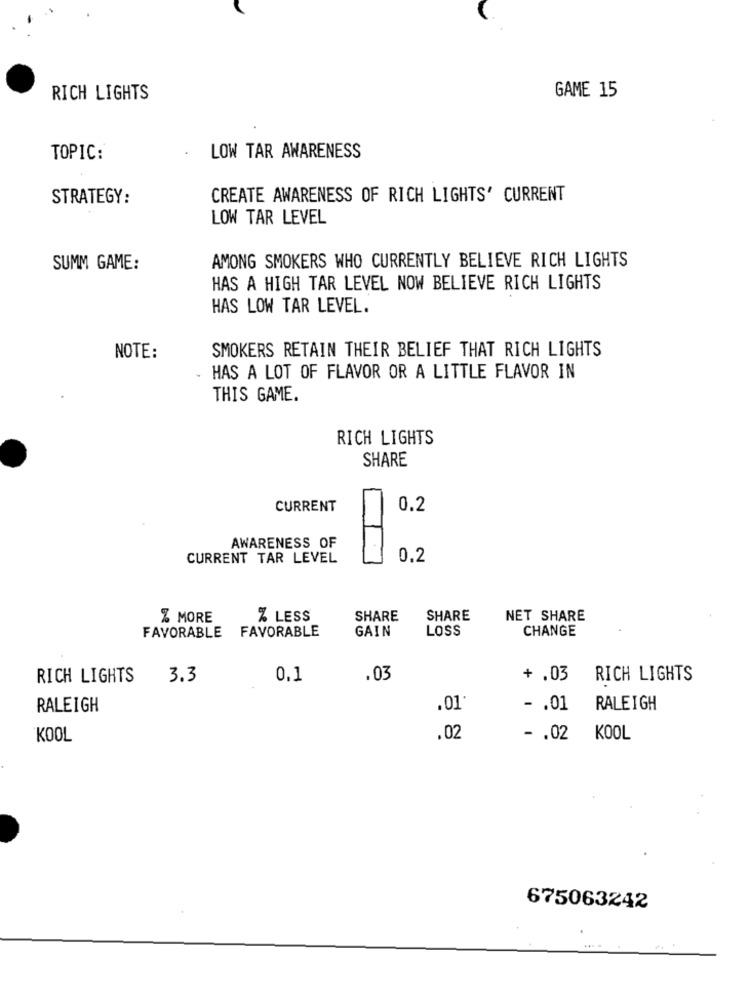
RICH LIGHTS
GAME 15
TOPIC:
LOW TAR AWARENESS
STRATEGY:
CREATE AWARENESS OF RICH LIGHTS' CURRENT
LOW TAR LEVEL
AMONG SMOKERS WHO CURRENTLY BELIEVE RICH LIGHTS
SUMM GAME:
HAS A HIGH TAR LEVEL NOW BELIEVE RICH LIGHTS
HAS LOW TAR LEVEL.
SMOKERS RETAIN THEIR BELIEF THAT RICH LIGHTS
NOTE:
HAS A LOT OF FLAVOR OR A LITTLE FLAVOR IN
THIS GAME.
RICH LIGHTS
SHARE
CURRENT
0.2
AWARENESS OF
CURRENT TAR LEVEL
0.2
% MORE
% LESS
SHARE
SHARE
NET SHARE
FAVORABLE FAVORABLE
GAIN
LOSS
CHANGE
RICH LIGHTS
3.3
0.1
.03
+ .03
RICH LIGHTS
RALEIGH
.01
- . 01
RALEIGH
KOOL
.02
- . 02
KOOL
675063242